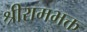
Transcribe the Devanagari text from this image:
श्रीरामभक्त